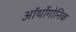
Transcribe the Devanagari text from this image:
ऑर्थोगोनिक